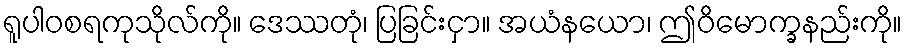
ရူပါဝစရကုသိုလ်ကို။ ဒေဿတုံ၊ ပြခြင်းငှာ။ အယံနယော၊ ဤဝိမောက္ခနည်းကို။